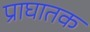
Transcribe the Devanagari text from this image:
प्राघातक